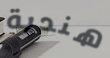
هندية